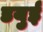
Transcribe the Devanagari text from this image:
डयुई